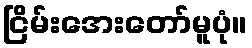
ငြိမ်းအေးတော်မူပုံ။